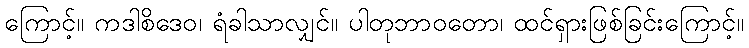
ကြောင့်။ ကဒါစိဒေဝ၊ ရံခါသာလျှင်။ ပါတုဘာဝတော၊ ထင်ရှားဖြစ်ခြင်းကြောင့်။